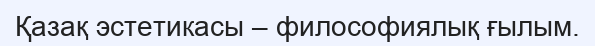
Қазақ эстетикасы – философиялық ғылым.